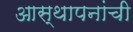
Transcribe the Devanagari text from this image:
आस्थापनांची